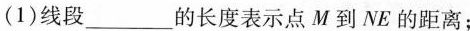
(1)线段___的长度表示点M到NE的距离；